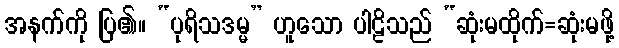
အနက်ကို ပြ၏။ “ပုရိသဒမ္မ” ဟူသော ပါဠိသည် “ဆုံးမထိုက်=ဆုံးမဖို့